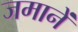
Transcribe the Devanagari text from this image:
जमानें